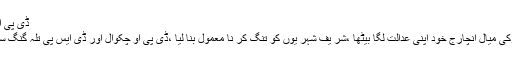
ڈی پی او چکوال سے کا روائی کا مطا لبہ
تلہ گنگ (نما ئندہ بول تلہ گنگ)چوکی میال انچارج خود اپنی عدالت لگا بیٹھا ،شر یف شہر یوں کو تنگ کر نا معمول بنا لیا ،ڈی پی او چکوال اور ڈی ایس پی تلہ گنگ سے قبلہ درست کر نے کا مطا لبہ ۔